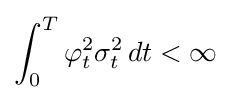
\int _{0}^{T}\varphi _{t}^{2}\sigma _{t}^{2}\,dt<\infty